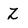
Character: Z